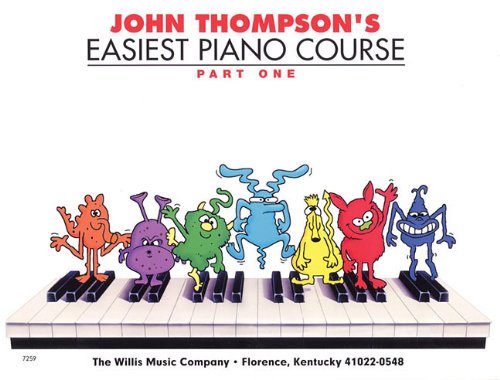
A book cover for John Thompson's Easiest Piano Course Part 1; John Thompson; Humor & Entertainment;